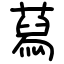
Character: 蕮